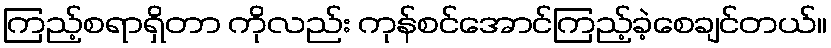
ကြည့်စရာရှိတာ ကိုလည်း ကုန်စင်အောင်ကြည့်ခဲ့စေချင်တယ်။